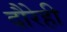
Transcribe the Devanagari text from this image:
दौरेही